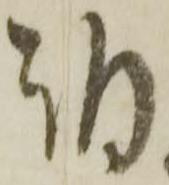
朝